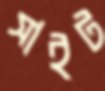
সাইট